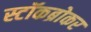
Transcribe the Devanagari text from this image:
स्टॉकब्रोकर